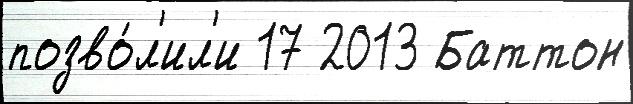
позво́л'ил'и 17 2013 Баттон